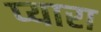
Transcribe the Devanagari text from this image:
प्‍यारा